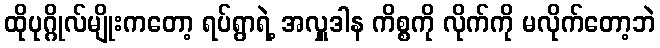
ထိုပုဂ္ဂိုလ်မျိုးကတော့ ရပ်ရွာရဲ့ အလှူဒါန ကိစ္စကို လိုက်ကို မလိုက်တော့ဘဲ